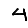
Digit: 4